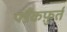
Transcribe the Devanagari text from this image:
फ्ऱैंकफ़ुर्त